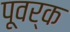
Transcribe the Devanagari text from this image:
पूवर्क